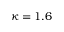
\kappa = 1 . 6